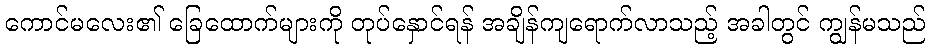
ကောင်မလေး၏ ခြေထောက်များကို တုပ်နှောင်ရန် အချိန်ကျရောက်လာသည့် အခါတွင် ကျွန်မသည်